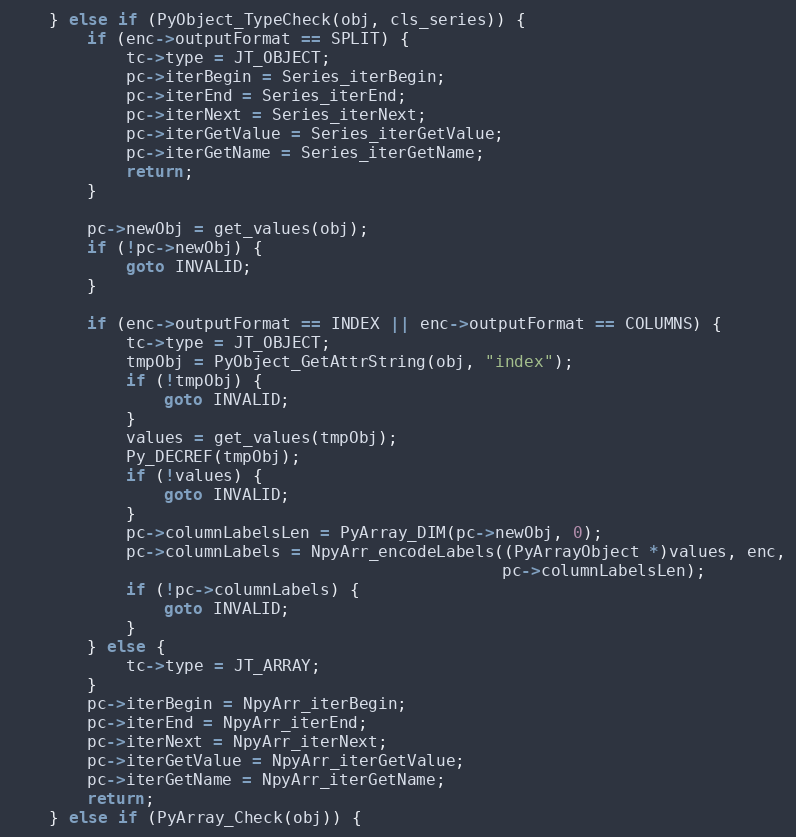
Language: C
    } else if (PyObject_TypeCheck(obj, cls_series)) {
        if (enc->outputFormat == SPLIT) {
            tc->type = JT_OBJECT;
            pc->iterBegin = Series_iterBegin;
            pc->iterEnd = Series_iterEnd;
            pc->iterNext = Series_iterNext;
            pc->iterGetValue = Series_iterGetValue;
            pc->iterGetName = Series_iterGetName;
            return;
        }

        pc->newObj = get_values(obj);
        if (!pc->newObj) {
            goto INVALID;
        }

        if (enc->outputFormat == INDEX || enc->outputFormat == COLUMNS) {
            tc->type = JT_OBJECT;
            tmpObj = PyObject_GetAttrString(obj, "index");
            if (!tmpObj) {
                goto INVALID;
            }
            values = get_values(tmpObj);
            Py_DECREF(tmpObj);
            if (!values) {
                goto INVALID;
            }
            pc->columnLabelsLen = PyArray_DIM(pc->newObj, 0);
            pc->columnLabels = NpyArr_encodeLabels((PyArrayObject *)values, enc,
                                                   pc->columnLabelsLen);
            if (!pc->columnLabels) {
                goto INVALID;
            }
        } else {
            tc->type = JT_ARRAY;
        }
        pc->iterBegin = NpyArr_iterBegin;
        pc->iterEnd = NpyArr_iterEnd;
        pc->iterNext = NpyArr_iterNext;
        pc->iterGetValue = NpyArr_iterGetValue;
        pc->iterGetName = NpyArr_iterGetName;
        return;
    } else if (PyArray_Check(obj)) {